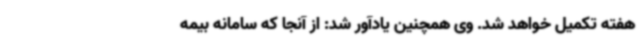
هفته تکمیل خواهد شد. وی همچنین یادآور شد: از آنجا که سامانه بیمه